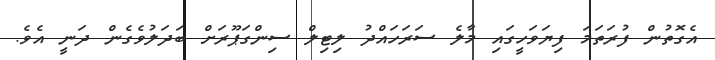
އެގޮތުން ފުރަތަމަ ފިޔަވަހީގައި މާލެ ސަރަހައްދު ލިޓިލް ސިންގަޕޫރަށް ބަދަލުވެގެން ދަނީ އެވެ.